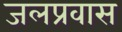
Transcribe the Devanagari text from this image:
जलप्रवास